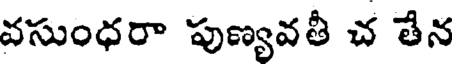
వసుంధరా పుణ్యవతీ చ తేన